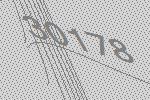
30178